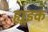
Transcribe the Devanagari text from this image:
ह्यूइक